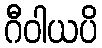
ဂီဝါယပိ